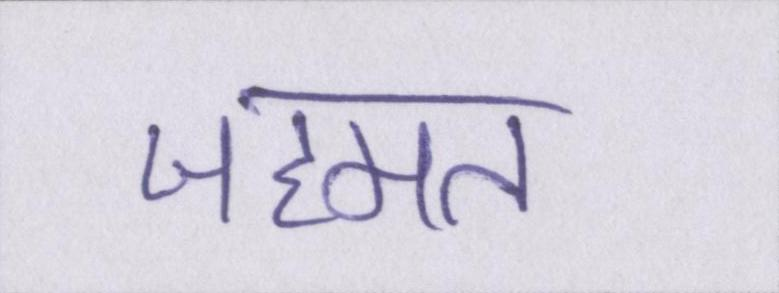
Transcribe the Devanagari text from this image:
जहमत